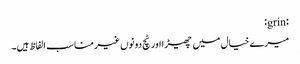
:grin:
میرے خیال میں چھیڑا اور ٹچ دونوں غیر مناسب الفاظ ہیں۔